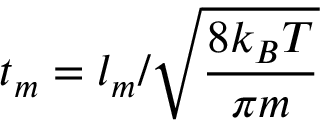
t _ { m } = l _ { m } / \sqrt { \frac { 8 k _ { B } T } { \pi m } }